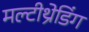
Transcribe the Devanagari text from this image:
मल्टीथ्रेडिंग